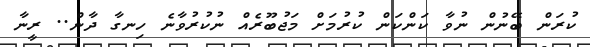
ކުރަން ބޭނުން ނުވާ ކަންކަން ކުރުމަށް މަޖުބޫރެއް ނުކުރުވާނެ ހިނގާ ދާން.. ރީނާ